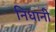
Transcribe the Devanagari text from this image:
निधानी